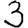
Digit: 3